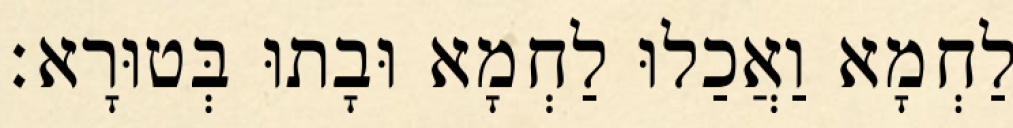
לַחְמָא וַאֲכַלוּ לַחְמָא וּבָתוּ בְּטוּרָא׃